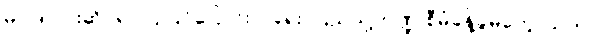
မူဝါဒ ပိုင်းဆိုင်ရာ ပြုပြင်ပြောင်းလဲရေး၊ ပြည်သူ့ဘဏ္ဍ စီမံခန့်ခွဲမှုတွေ၊ သဘာဝ